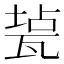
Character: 㼭